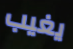
يغيب